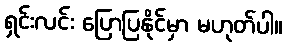
ရှင်းလင်း ပြောပြနိုင်မှာ မဟုတ်ပါ။